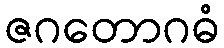
ဇဂတောဂဓံ